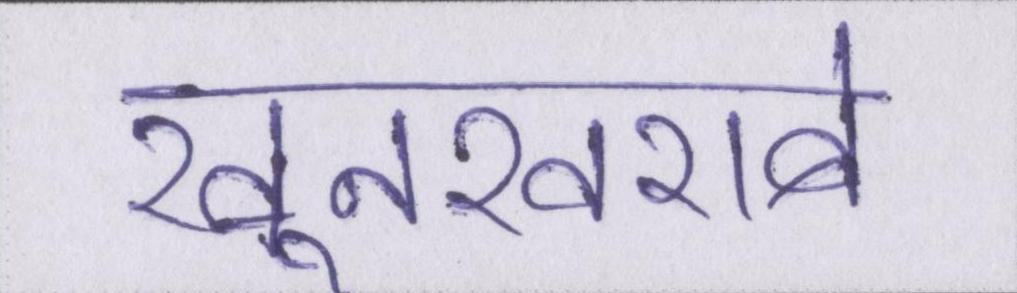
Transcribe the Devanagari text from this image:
खूनखराबे